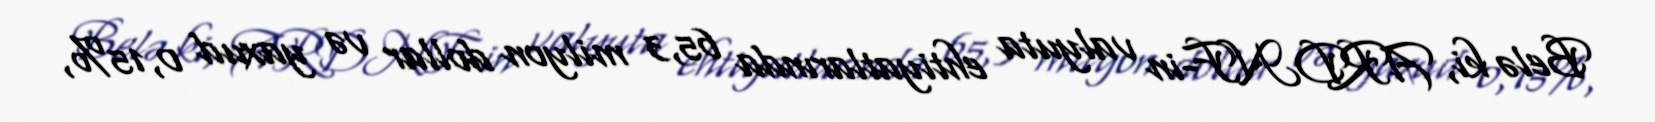
Belə ki, ARDNF-in valyuta ehtiyatlarında 65,3 milyon dollar və yaxud 0,15%,